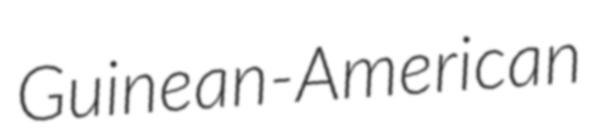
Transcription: Guinean-American